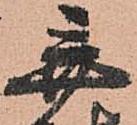
弃